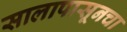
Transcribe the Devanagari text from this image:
सालापासूनचा